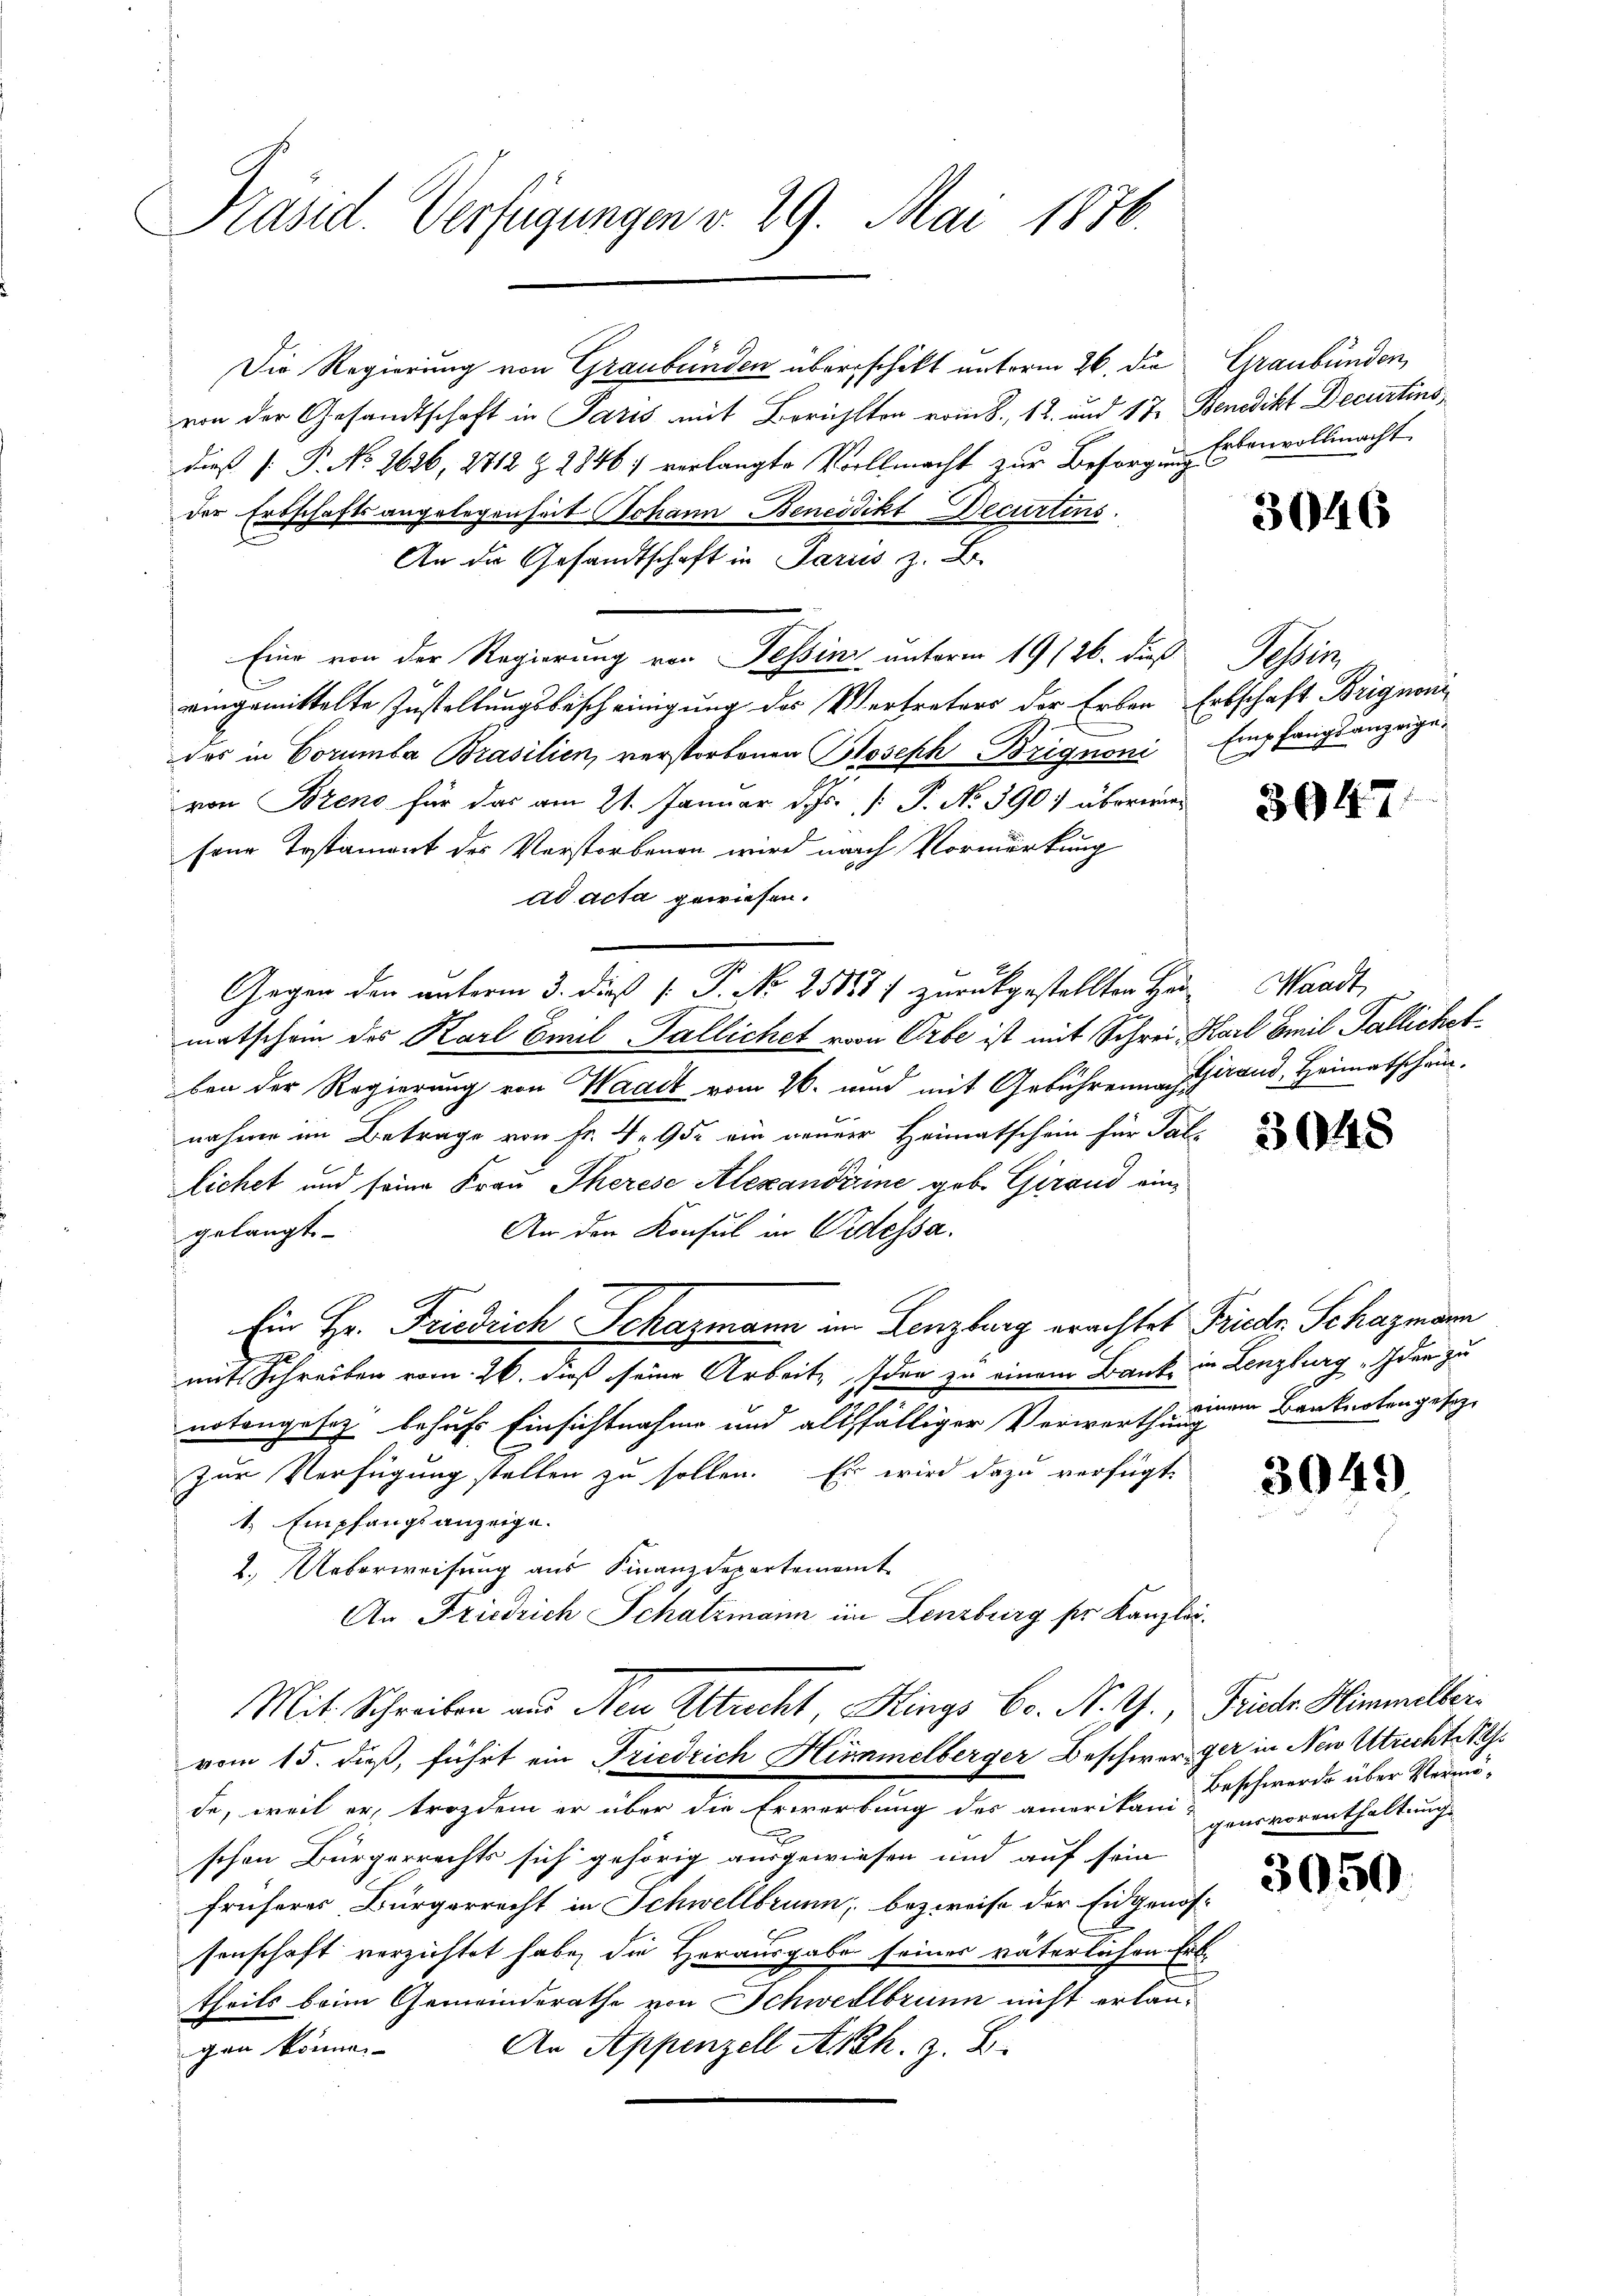
Präsid. Verfügungen v. 29. Mai 1876.

Die Regierung von Graubünden überschikt unterm 26. die Graubünden,
von der Gesandtschaft in Paris mit Berichten vom 8. 12. und 17. Benedikt Decurtins
dieß [ P. No 2626, 2712 Z 28467 verlangte Vollmacht zur Besorgung Erbenvollmacht.
der Erbschaftsangelegenheit Johann Benedikt Decurtins
An die Gesandtschaft in Pariis z. B.
Eine von der Regierung von Tessin unterm 19 (26. dieß
eingemittelte Zustellungsbescheinigung des Vertreters der Erben Erbschaft Brignoni
das in Corumba Brasilien, verstorbenen Poseph-Brignoni Empfangsanzeige-
von Brens für das am 21. Januar d. Js. [ P. No. 390) überwiesene Testament des Verstorbenen wird nach Vormerkung
ad acta gewiesen.
Gegen den unterm 3. dieß P. P. Nr. 251887 zurückgestellten Hau-Waadt,
matschein des Karl Baul Pallichet vom Erbe ist mit Schrei Karl Emil Pallichet
ben der Regierung von Waadt vom 26. und mit Gebührenmach Grand, Heimatschen.
nahme im Betrage von Fr. 4. 95. ein neuere Heimatschein für Tal
lichet und seine Frau Therese Alexandeine geb. Girand ein¬
An den Konsul in Pressa.
gelangt.
Ein Hr. Friedrich Schazmann im Lenzburg erachtet Friede Schazmann
mit Schreiben vom 26. dieß seine Arbeit, den zu einem Banke in Lenzburg Idee zu
notangesetz behufs Einsichtnahme und althfälliger Verwarthung
zur Verfügung stellen zu sollen. Es wird dazu verfügt,
1. Empfangsanzeige.
2. Ueberweisung aus Finanzdepartement
An Friedrich Schatzmann im Lenzburg ser Kanzli¬
Mit Schreiben aus Neu Altrecht, Klings Co. N. Z., Frieder Himmeltervom 15. dieß, führt ein Friedrich Hummelberger Beschwer gar in New Utrecht 18
de, weil er, trotzdem er über die Erwerbung des amerikan Beschwerde über Vermö-
x
schen Bürgerrechts sich gehörig ausgewiesen und auf sein
früheres Bürgerrecht in Schwellbrunn, bezweife der Eidgenos-
senschaft verzichtet habe, die Horausgabe seines väterlichen Erb-
theils beim Gemeinderathe von Schwellbrunn nicht erlan¬
An Appenzell Akkh. z. B.
gen können.

3046

Se

3947.

3048

einem Banknoten gesezt

3049

gensvorenthaltung.

3050